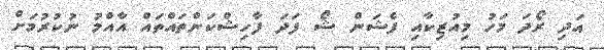
އަދި ރޯދަ މަހު މިއުޒިކާއި ފެޝަން ޝޯ ފަދަ ފާހިޝްކަންތައްތައް އާއްމު ނުކުރުމަށް